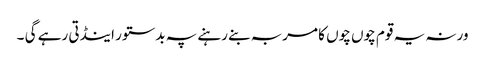
ورنہ یہ قوم چوں چوں کا مربہ بنے رہنے پہ بدستور اینڈتی رہے گی ۔